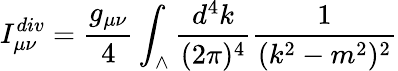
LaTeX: I_{\mu\nu}^{div}={\frac{g_{\mu\nu}}{4}}\int_{\wedge}{\frac{d^{4}k}{(2\pi)^{4}}}{\frac{1}{(k^{2}-m^{2})^{2}}}